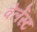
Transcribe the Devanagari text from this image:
वेर्लेस्ट